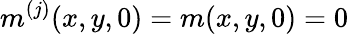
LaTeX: m^{(j)}(x,y,0)=m(x,y,0)=0